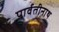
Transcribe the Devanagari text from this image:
पार्वतीनाथ